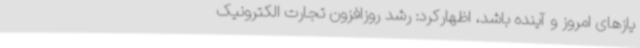
یازهای امروز و آینده باشد، اظهارکرد: رشد روزافزون تجارت الکترونیک